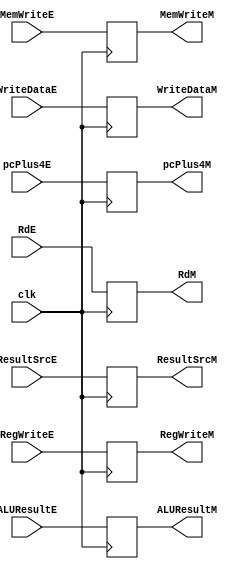
module MemoryPipeRegister
(
  input clk, RegWriteE, MemWriteE,
  input [7:0] ALUResultE, WriteDataE, pcPlus4E,
  input [1:0] ResultSrcE,
  input [2:0] RdE,
  output reg RegWriteM, MemWriteM,
  output reg [1:0] ResultSrcM,
  output reg [7:0] ALUResultM, WriteDataM, pcPlus4M,
  output reg [2:0] RdM
);
  
  always@(posedge clk)
    begin
      RegWriteM <= RegWriteE;
      MemWriteM <= MemWriteE;
      ResultSrcM <= ResultSrcE;
      ALUResultM <= ALUResultE;
      WriteDataM <= WriteDataE;
      pcPlus4M <= pcPlus4E;
      RdM <= RdE;
    end
  
endmodule